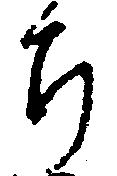
ち